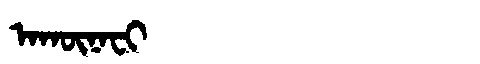
Manchu: ᠠᡴᡡᠨᠠᠸᡳ
Romanization: AKŪNAFI